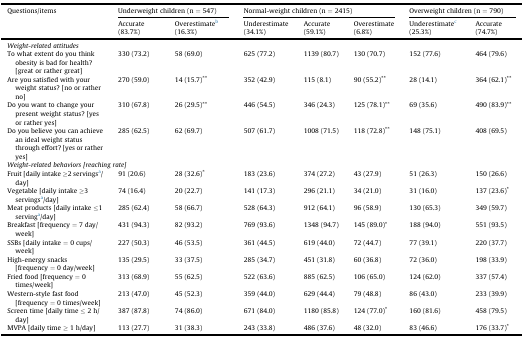
<table><thead><tr><td rowspan="2"><b>Questions/items</b></td><td colspan="2"><b>Underweight children (n = 547)</b></td><td colspan="3"><b>Normal-weight children (n = 2415)</b></td><td colspan="2"><b>Overweight children (n = 790)</b></td></tr><tr><td><b>Accurate (83.7%)</b></td><td><b>Overestimateb (16.3%)</b></td><td><b>Underestimate (34.1%)</b></td><td><b>Accurate (59.1%)</b></td><td><b>Overestimate (6.8%)</b></td><td><b>Underestimatec (25.3%)</b></td><td><b>Accurate (74.7%)</b></td></tr></thead><tbody><tr><td colspan="8"><i>Weight-related attitudes</i></td></tr><tr><td>To what extent do you think obesity is bad for health? [great or rather great]</td><td>330 (73.2)</td><td>58 (69.0)</td><td>625 (77.2)</td><td>1139 (80.7)</td><td>130 (70.7)</td><td>152 (77.6)</td><td>464 (79.6)</td></tr><tr><td>Are you satisfied with your weight status? [no or rather no]</td><td>270 (59.0)</td><td>14 (15.7)<sup>∗∗</sup></td><td>352 (42.9)</td><td>115 (8.1)</td><td>90 (55.2)<sup>∗∗</sup></td><td>28 (14.1)</td><td>364 (62.1)<sup>∗∗</sup></td></tr><tr><td>Do you want to change your present weight status? [yes or rather yes]</td><td>310 (67.8)</td><td>26 (29.5)<sup>∗∗</sup></td><td>446 (54.5)</td><td>346 (24.3)</td><td>125 (78.1)<sup>∗∗</sup></td><td>69 (35.6)</td><td>490 (83.9)<sup>∗∗</sup></td></tr><tr><td>Do you believe you can achieve an ideal weight status through effort? [yes or rather yes]</td><td>285 (62.5)</td><td>62 (69.7)</td><td>507 (61.7)</td><td>1008 (71.5)</td><td>118 (72.8)<sup>∗∗</sup></td><td>148 (75.1)</td><td>408 (69.5)</td></tr><tr><td colspan="8"><i>Weight-related behaviors [reaching rate]</i></td></tr><tr><td>Fruit [daily intake ≥2 servingsa/day]</td><td>91 (20.6)</td><td>28 (32.6)<sup>∗</sup></td><td>183 (23.6)</td><td>374 (27.2)</td><td>43 (27.9)</td><td>51 (26.3)</td><td>150 (26.6)</td></tr><tr><td>Vegetable [daily intake ≥3 servingsa/day]</td><td>74 (16.4)</td><td>20 (22.7)</td><td>141 (17.3)</td><td>296 (21.1)</td><td>34 (21.0)</td><td>31 (16.0)</td><td>137 (23.6)<sup>∗</sup></td></tr><tr><td>Meat products [daily intake ≤1 servinga/day]</td><td>285 (62.4)</td><td>58 (66.7)</td><td>528 (64.3)</td><td>912 (64.1)</td><td>96 (58.9)</td><td>130 (65.3)</td><td>349 (59.7)</td></tr><tr><td>Breakfast [frequency = 7 day/week]</td><td>431 (94.3)</td><td>82 (93.2)</td><td>769 (93.6)</td><td>1348 (94.7)</td><td>145 (89.0)<sup>∗</sup></td><td>188 (94.0)</td><td>551 (93.5)</td></tr><tr><td>SSBs [daily intake = 0 cups/week]</td><td>227 (50.3)</td><td>46 (53.5)</td><td>361 (44.5)</td><td>619 (44.0)</td><td>72 (44.7)</td><td>77 (39.1)</td><td>220 (37.7)</td></tr><tr><td>High-energy snacks [frequency = 0 day/week]</td><td>135 (29.5)</td><td>33 (37.5)</td><td>285 (34.7)</td><td>451 (31.8)</td><td>60 (36.8)</td><td>72 (36.0)</td><td>198 (33.9)</td></tr><tr><td>Fried food [frequency = 0 times/week]</td><td>313 (68.9)</td><td>55 (62.5)</td><td>522 (63.6)</td><td>885 (62.5)</td><td>106 (65.0)</td><td>124 (62.0)</td><td>337 (57.4)</td></tr><tr><td>Western-style fast food [frequency = 0 times/week]</td><td>213 (47.0)</td><td>45 (52.3)</td><td>359 (44.0)</td><td>629 (44.4)</td><td>79 (48.8)</td><td>86 (43.0)</td><td>233 (39.9)</td></tr><tr><td>Screen time [daily time ≤ 2 h/day]</td><td>387 (87.8)</td><td>74 (86.0)</td><td>671 (84.0)</td><td>1180 (85.8)</td><td>124 (77.0)<sup>∗</sup></td><td>160 (81.6)</td><td>458 (79.5)</td></tr><tr><td>MVPA [daily time ≥ 1 h/day]</td><td>113 (27.7)</td><td>31 (38.3)</td><td>243 (33.8)</td><td>486 (37.6)</td><td>48 (32.0)</td><td>83 (46.6)</td><td>176 (33.7)<sup>∗</sup></td></tr></tbody></table>